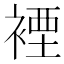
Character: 𧛑